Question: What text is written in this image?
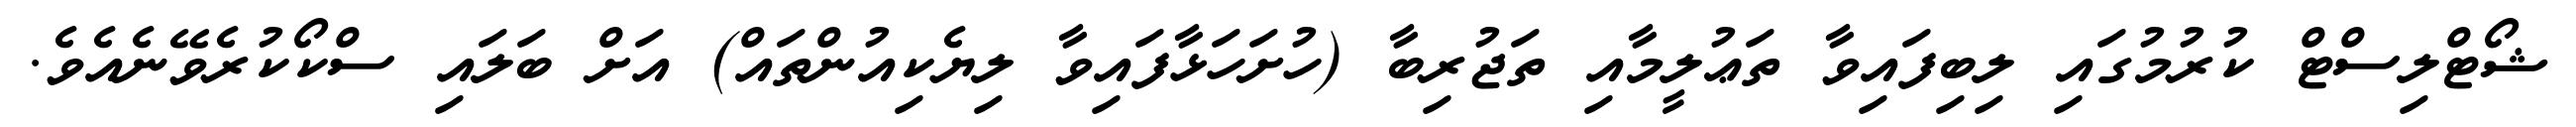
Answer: ޝޯޓްލިސްޓް ކުރުމުގައި ލިބިފައިވާ ތަޢުލީމާއި ތަޖުރިބާ (ހުށަހަޅާފައިވާ ލިޔެކިއުންތައް) އަށް ބަލައި ސްކޯކުރެވޭނެއެވެ.